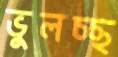
ভুলচ্ছ